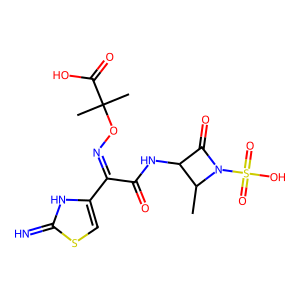
SMILES: CC1C(NC(=O)C(=NOC(C)(C)C(=O)O)c2csc(=N)[nH]2)C(=O)N1S(=O)(=O)O
Inhibits HIV replication: No